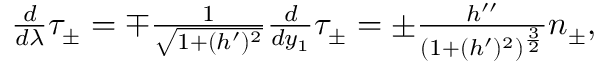
\begin{array} { r } { \frac { d } { d \lambda } \tau _ { \pm } = \mp \frac { 1 } { \sqrt { 1 + ( h ^ { \prime } ) ^ { 2 } } } \frac { d } { d y _ { 1 } } \tau _ { \pm } = \pm \frac { h ^ { \prime \prime } } { ( 1 + ( h ^ { \prime } ) ^ { 2 } ) ^ { \frac { 3 } { 2 } } } n _ { \pm } , } \end{array}